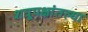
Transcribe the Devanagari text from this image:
शत्रूपक्षांतल्या